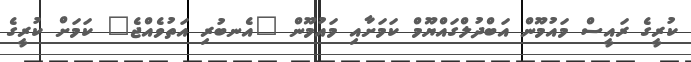
ކުރީގެ ރައީސް މައުމޫން އަބްދުލްގައްޔޫމް ކަމަށާއި މައުމޫން "އެނބުރި އަތުވެއްޖެ" ކަމަށް ކުރީގެ